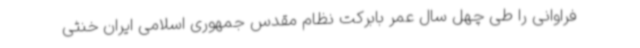
فراوانی را طی چهل سال عمر بابرکت نظام مقدس جمهوری اسلامی ایران خنثی